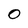
Character: 0